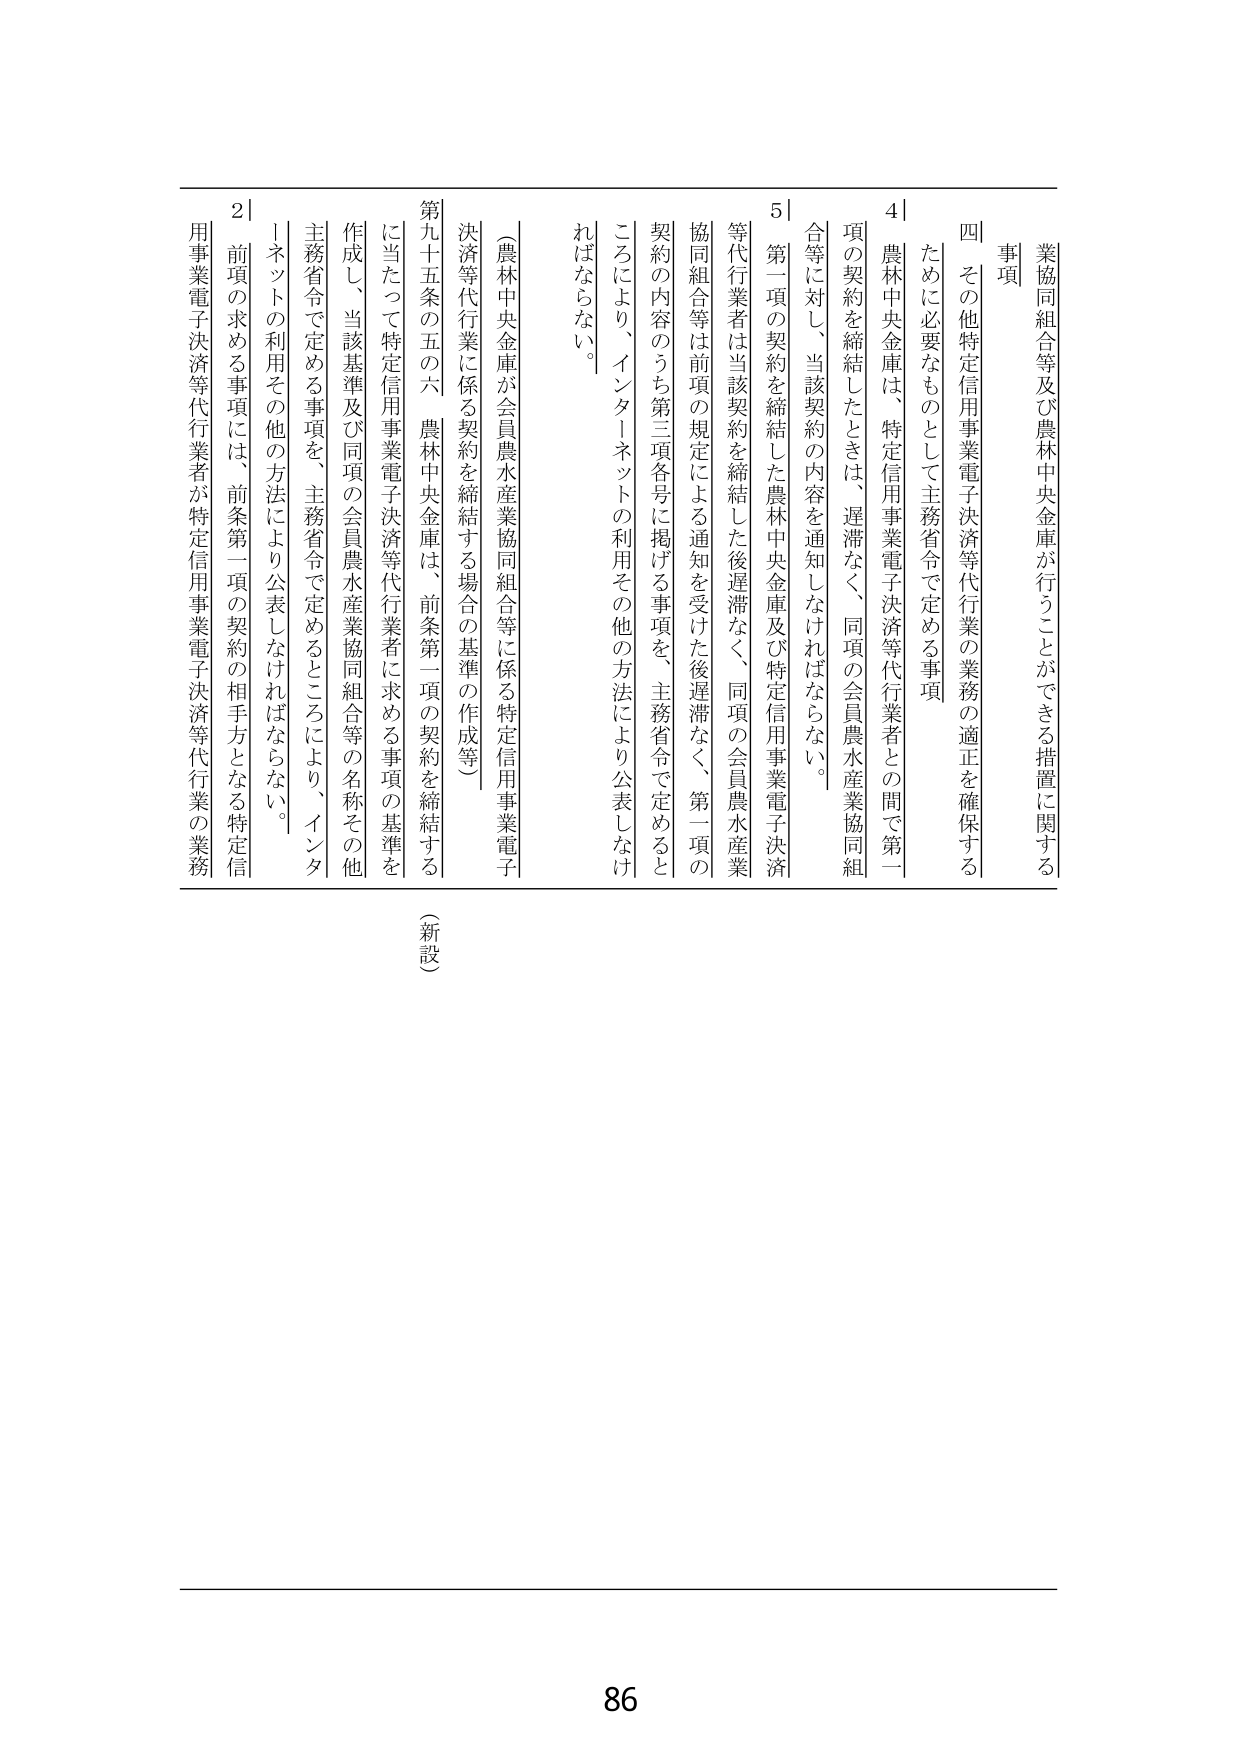
業協同組合等及び農林中央金庫が行うことができる措置に関する
事項

四　その他特定信用事業電子決済等代行業の業務の適正を確保する
ために必要なものとして主務省令で定める事項

4｜農林中央金庫は、特定信用事業電子決済等代行業者との間で第一
項の契約を締結したときは、遅滞なく、同項の会員農水産業協同組
合等に対し、当該契約の内容を通知しなければならない。

5｜第一項の契約を締結した農林中央金庫及び特定信用事業電子決済
等代行業者は当該契約を締結した後遅滞なく、同項の会員農水産業
協同組合等は前項の規定による通知を受けた後遅滞なく、第一項の
契約の内容のうち第三項各号に掲げる事項を、主務省令で定めると
ころにより、インターネットの利用その他の方法により公表しなけ
ればならない。

（農林中央金庫が会員農水産業協同組合等に係る特定信用事業電子
決済等代行業に係る契約を締結する場合の基準の作成等）

第九十五条の五の六　農林中央金庫は、前条第一項の契約を締結する
に当たって特定信用事業電子決済等代行業者に求める事項の基準を
作成し、当該基準及び同項の会員農水産業協同組合等の名称その他
主務省令で定める事項を、主務省令で定めるところにより、インター
ネットの利用その他の方法により公表しなければならない。

2｜前項の求める事項には、前条第一項の契約の相手方となる特定信
用事業電子決済等代行業者が特定信用事業電子決済等代行業の業務

（新設）

86